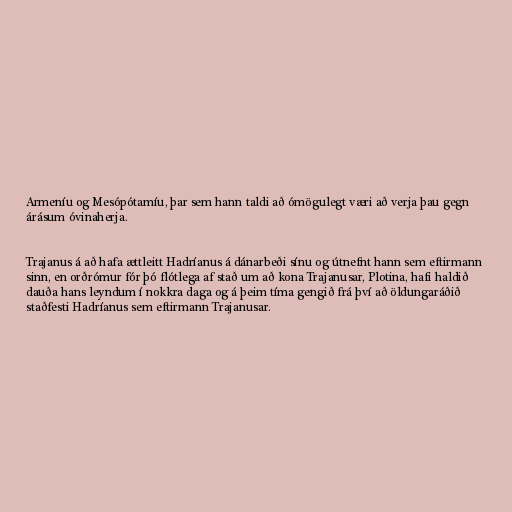
Armeníu og Mesópótamíu, þar sem hann taldi að ómögulegt væri að verja þau gegn
árásum óvinaherja.

Trajanus á að hafa ættleitt Hadríanus á dánarbeði sínu og útnefnt hann sem eftirmann
sinn, en orðrómur fór þó flótlega af stað um að kona Trajanusar, Plotina, hafi haldið
dauða hans leyndum í nokkra daga og á þeim tíma gengið frá því að öldungaráðið
staðfesti Hadríanus sem eftirmann Trajanusar.